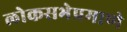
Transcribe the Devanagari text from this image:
लोकसभेप्रमाणे